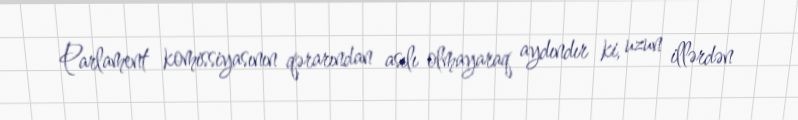
Parlament komissiyasının qərarından asılı olmayaraq aydındır ki, uzun illərdən